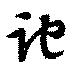
跎